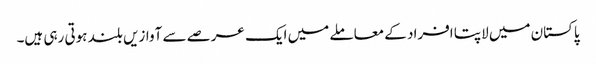
پاکستان میں لاپتا افراد کے معاملے میں ایک عرصے سے آوازیں بلند ہوتی رہی ہیں۔